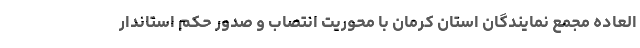
العاده مجمع نمایندگان استان کرمان با محوریت انتصاب و صدور حکم استاندار